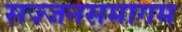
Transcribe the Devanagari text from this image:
सज्जनसमागम